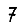
Digit: 7